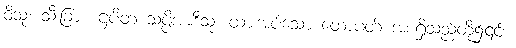
ဝိသုံ၊ သီးခြား။ ဌပိတ သပ္ပိအာဒီသု၊ ထားအပ်သော ထောပတ် အစရှိသည်တို့၌၎င်း။